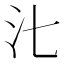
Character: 㲺